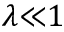
\lambda { \ll } 1